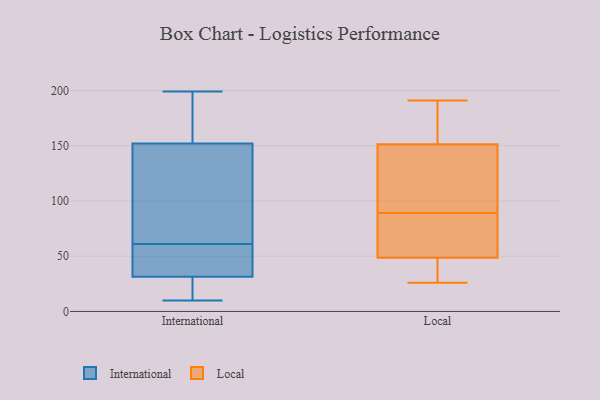
{"axis": {"x": "Revenue (USD Million)", "y": "Value"}, "legend": ["International", "Local"], "data": [{"x": "", "y": 38, "type": "International"}, {"x": "", "y": 178, "type": "International"}, {"x": "", "y": 82, "type": "International"}, {"x": "", "y": 199, "type": "International"}, {"x": "", "y": 126, "type": "International"}, {"x": "", "y": 61, "type": "International"}, {"x": "", "y": 52, "type": "International"}, {"x": "", "y": 25, "type": "International"}, {"x": "", "y": 112, "type": "International"}, {"x": "", "y": 192, "type": "International"}, {"x": "", "y": 10, "type": "International"}, {"x": "", "y": 48, "type": "International"}, {"x": "", "y": 61, "type": "International"}, {"x": "", "y": 21, "type": "International"}, {"x": "", "y": 13, "type": "International"}, {"x": "", "y": 199, "type": "International"}, {"x": "", "y": 50, "type": "Local"}, {"x": "", "y": 83, "type": "Local"}, {"x": "", "y": 181, "type": "Local"}, {"x": "", "y": 36, "type": "Local"}, {"x": "", "y": 191, "type": "Local"}, {"x": "", "y": 148, "type": "Local"}, {"x": "", "y": 44, "type": "Local"}, {"x": "", "y": 64, "type": "Local"}, {"x": "", "y": 161, "type": "Local"}, {"x": "", "y": 26, "type": "Local"}, {"x": "", "y": 132, "type": "Local"}, {"x": "", "y": 90, "type": "Local"}, {"x": "", "y": 89, "type": "Local"}]}